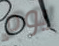
يوم